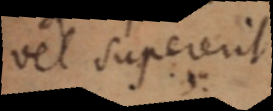
vel supererit